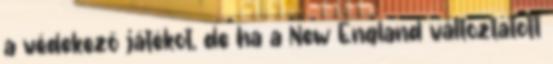
a védekező játékot, de ha a New England változtatott